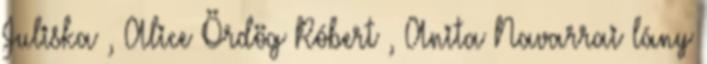
Juliska , Alice Ördög Róbert , Anita Navarrai lány